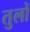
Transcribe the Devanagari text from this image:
तुलों